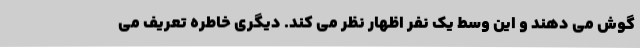
گوش می دهند و این وسط یک نفر اظهار نظر می کند. دیگری خاطره تعریف می